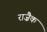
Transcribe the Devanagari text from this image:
राज़ैक